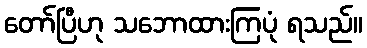
တော်ပြီဟု သဘောထားကြပုံ ရသည်။